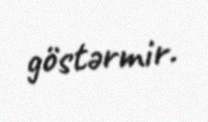
göstərmir.